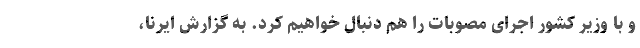
و با وزیر کشور اجرای مصوبات را هم دنبال خواهیم کرد. به گزارش ایرنا،